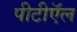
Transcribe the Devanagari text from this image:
पीटीऍल